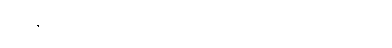
အားနာပေမယ့် လမ်းလေး တစ်ဆိတ်လောက် မေးပါမယ်။